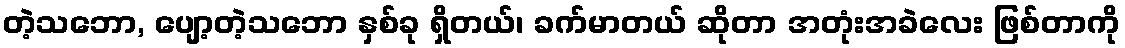
တဲ့သဘော, ပျော့တဲ့သဘော နှစ်ခု ရှိတယ်၊ ခက်မာတယ် ဆိုတာ အတုံးအခဲလေး ဖြစ်တာကို